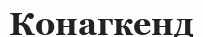
Конагкенд